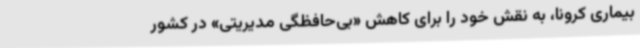
بیماری کرونا، به نقش خود را برای کاهش «بی‌حافظگی مدیریتی» در کشور